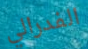
الفدرالي